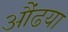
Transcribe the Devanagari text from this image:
औंढया